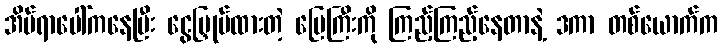
အိပ်ရာပေါ်ကနေပြီး ငွေမြှုပ်ထားတဲ့ မြေကြီးကို ကြည့်ကြည့်နေတာနဲ့ ဒကာ တစ်ယောက်က